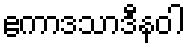
ဧကာဒသာဒီနဝါ